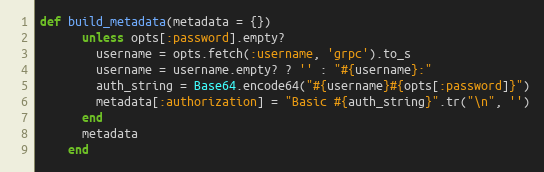
Language: Ruby
def build_metadata(metadata = {})
      unless opts[:password].empty?
        username = opts.fetch(:username, 'grpc').to_s
        username = username.empty? ? '' : "#{username}:"
        auth_string = Base64.encode64("#{username}#{opts[:password]}")
        metadata[:authorization] = "Basic #{auth_string}".tr("\n", '')
      end
      metadata
    end